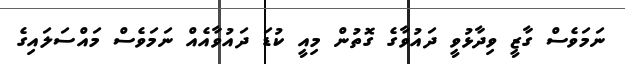
ނަމަވެސް ގާޒީ ވިދާޅުވީ ދައުވާގެ ގޮތުން މިއީ ކުޑަ ދައުވާއެއް ނަމަވެސް މައްސަލައިގެ